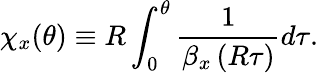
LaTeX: \chi_{x}(\theta)\equiv R\int_{0}^{\theta}{\frac{1}{\beta_{x}\left(R\tau\right)}d\tau}.